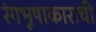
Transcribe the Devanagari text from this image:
रंगभूषाकाराची